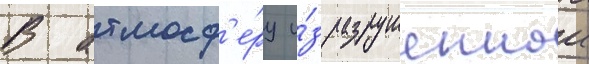
В атмосф'е́ру и́з разрушеннои